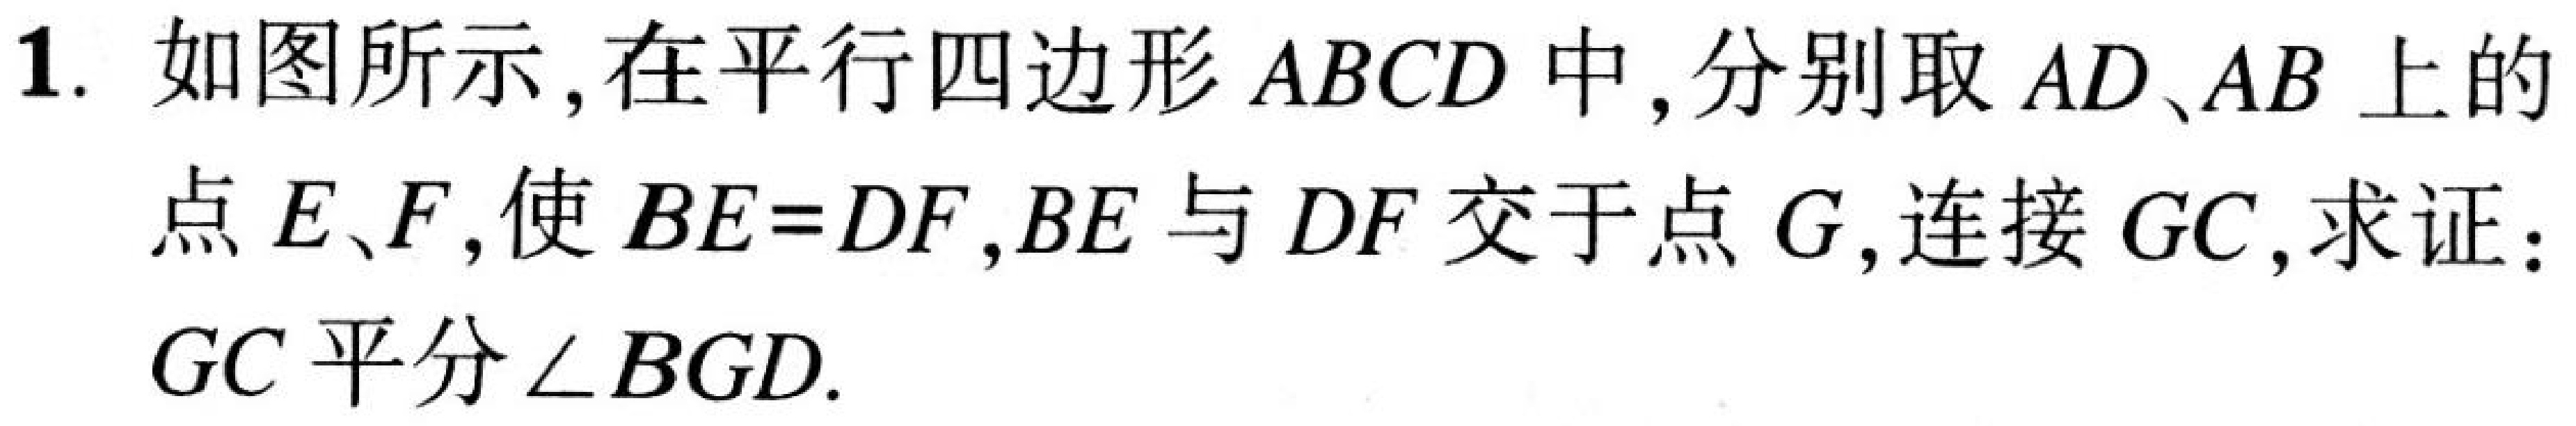
1. 如图所示,在平行四边形\(ABCD\)中,分别取\(AD\)、\(AB\)上的
点\(E\)、\(F\),使\(BE = DF\),\(BE\)与\(DF\)交于点\(G\),连接\(GC\),求证:
\(GC\)平分\(\angle BGD\).